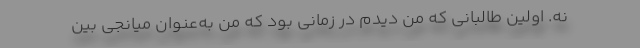
نه. اولین طالبانی که من دیدم در زمانی بود که من به‌عنوان میانجی بین